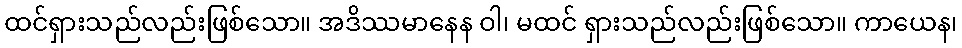
ထင်ရှားသည်လည်းဖြစ်သော။ အဒိဿမာနေန ဝါ၊ မထင် ရှားသည်လည်းဖြစ်သော။ ကာယေန၊